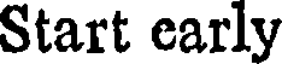
Start early